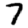
Digit: 7